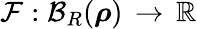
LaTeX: \mathcal{F}:\mathcal{{B}}_{R}({\boldsymbol\rho})\, \rightarrow\, \mathbb{{R}}